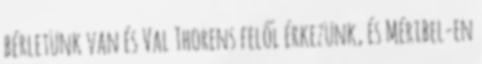
bérletünk van és Val Thorens felől érkezünk, és Méribel-en